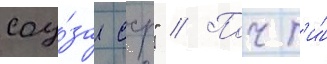
соу́за сср" // Почт'и́